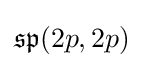
{\mathfrak {sp}}(2p,2p)